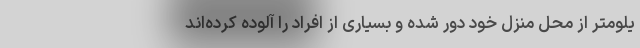
یلومتر از محل منزل خود دور شده و بسیاری از افراد را آلوده کرده‌اند